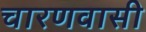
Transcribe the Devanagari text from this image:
चारणवासी